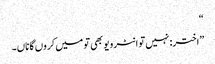
“
”اختر: نہیں تو انٹرویو بھی تو میں کروں گا ناں۔